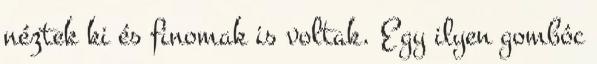
néztek ki és finomak is voltak. Egy ilyen gombóc